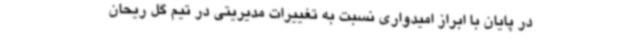
در پایان با ابراز امیدواری نسبت به تغییرات مدیریتی در تیم گل ریحان